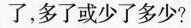
了或少了多少?